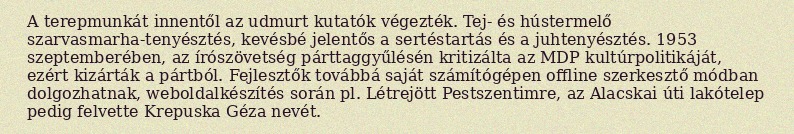
A terepmunkát innentől az udmurt kutatók végezték. Tej- és hústermelő szarvasmarha-tenyésztés, kevésbé jelentős a sertéstartás és a juhtenyésztés. 1953 szeptemberében, az írószövetség párttaggyűlésén kritizálta az MDP kultúrpolitikáját, ezért kizárták a pártból. Fejlesztők továbbá saját számítógépen offline szerkesztő módban dolgozhatnak, weboldalkészítés során pl. Létrejött Pestszentimre, az Alacskai úti lakótelep pedig felvette Krepuska Géza nevét.